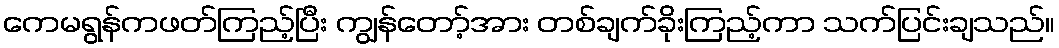
ကေမရွန်ကဖတ်ကြည့်ပြီး ကျွန်တော့်အား တစ်ချက်ခိုးကြည့်ကာ သက်ပြင်းချသည်။